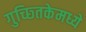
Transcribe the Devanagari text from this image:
गुच्छ्तिकेमध्ये